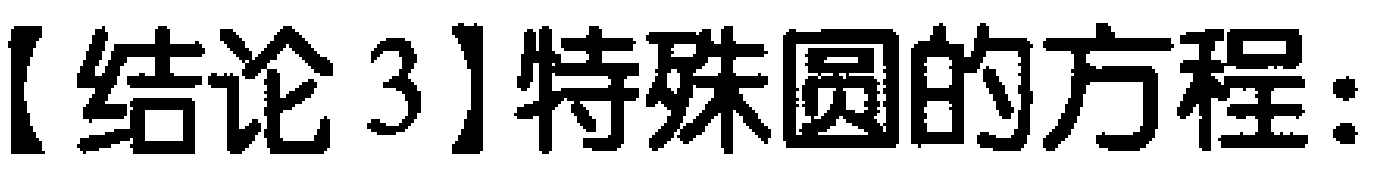
【结论3】特殊圆的方程：